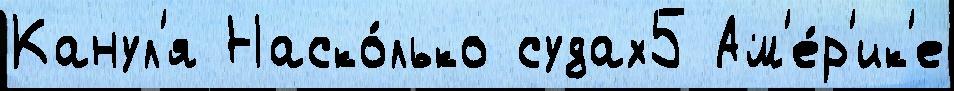
Канул'я Наско́лько судах5 Ам'е́р'ик'е